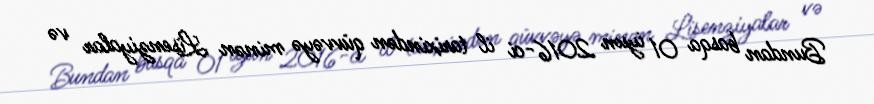
Bundan basqa 01 iyun 2016-ci il tarixindən qüvvəyə minən Lisenziyalar və